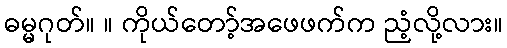
ဓမ္မဂုတ်။ ။ ကိုယ်တော့်အဖေဖက်က ညံ့လို့လား။